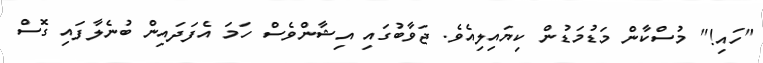
"ހައި!" މުސްކާން މަޑުމަޑުން ކިޔައިލިއެވެ. ޖަވާބުގައި އިޝާންވެސް ހަމަ އެފަދައިން ބުނެލާފައި ގޮސް